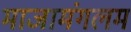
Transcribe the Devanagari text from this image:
माजामंगलम